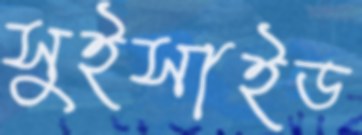
সুইসাইড